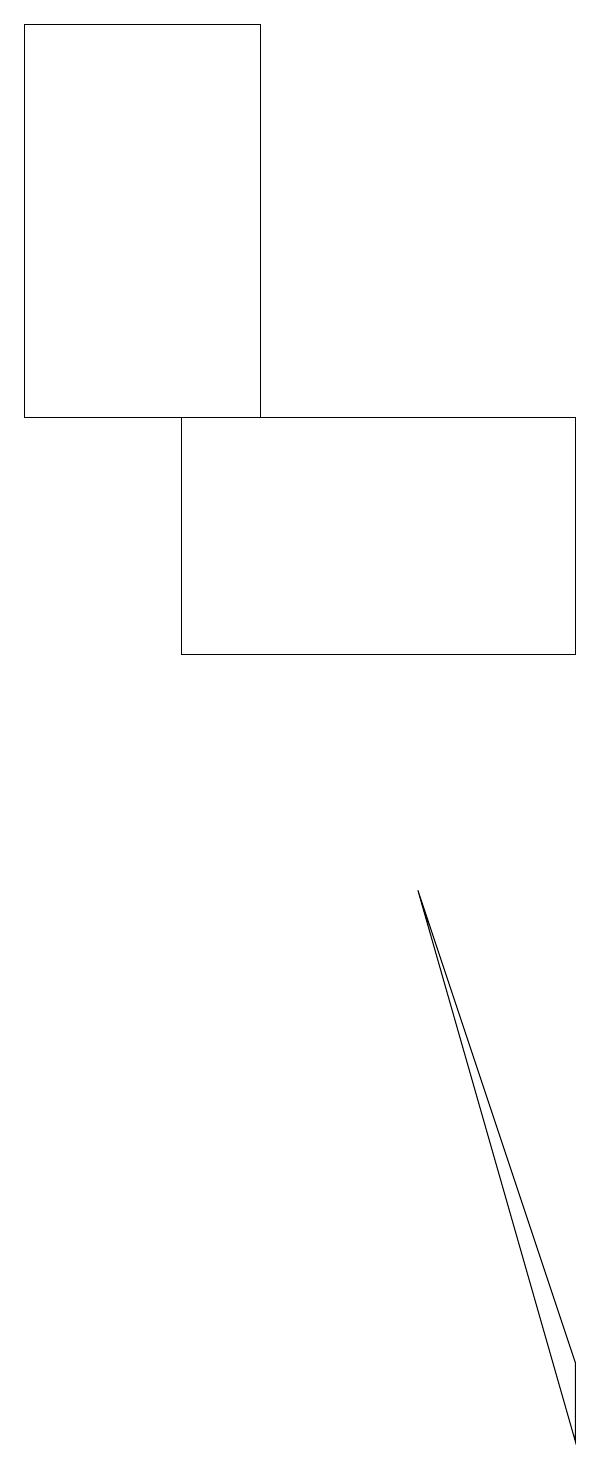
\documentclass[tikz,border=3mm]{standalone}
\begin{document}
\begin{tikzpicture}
\draw (2,18) rectangle (5,13);
\draw (9,0) -- (9,1) -- (7,7) -- cycle;
\draw (4,10) rectangle (9,13);
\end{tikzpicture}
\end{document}